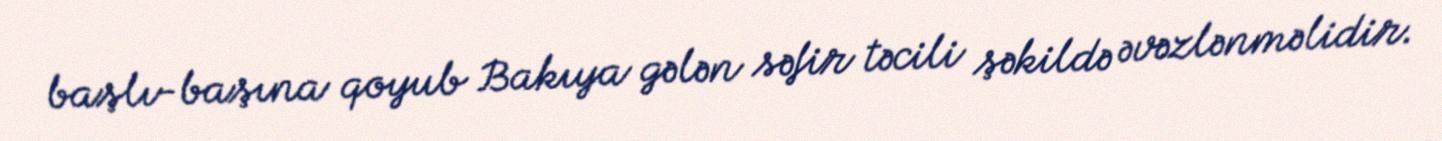
başlı-başına qoyub Bakıya gələn səfir təcili şəkildə əvəzlənməlidir.